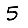
Digit: 5